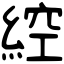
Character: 𦁈